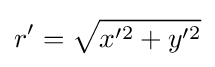
r'={\sqrt {x'^{2}+y'^{2}}}